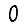
Digit: 0